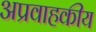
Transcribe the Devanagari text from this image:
अप्रवाहकीय